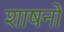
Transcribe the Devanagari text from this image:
शाषनों